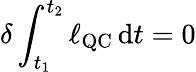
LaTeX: \delta\int_{t_{1}}^{t_{2}}\ell_{\operatorname{QC}}\, \mathrm{d}t=0